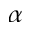
\alpha